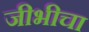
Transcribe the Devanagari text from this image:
जीभीचा